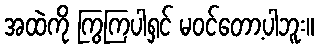
အထဲကို ကြွကြပါရှင် မဝင်တော့ပါဘူး။